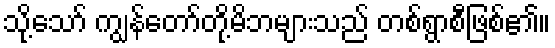
သို့သော် ကျွန်တော်တို့မိဘများသည် တစ်ရွာစီဖြစ်၏။